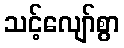
သင့်လျော်စွာ